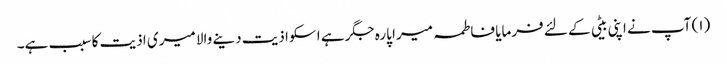
(۱) آپ نے اپنی بیٹی کے لئے فرمایا فاطمہ میرا پارہ جگر ہے اسکو اذیت دینے والا میری اذیت کا سبب ہے۔